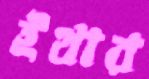
ইথার